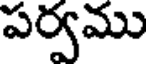
పర్వము